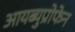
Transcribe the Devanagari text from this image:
आयब्युप्रोफेन